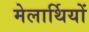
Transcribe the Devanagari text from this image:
मेलार्थियों